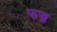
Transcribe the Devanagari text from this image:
फज्र